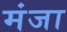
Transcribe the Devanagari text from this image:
मंजा